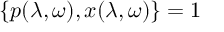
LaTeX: \{ p ( \lambda , \omega ) , x ( \lambda , \omega ) \} = 1